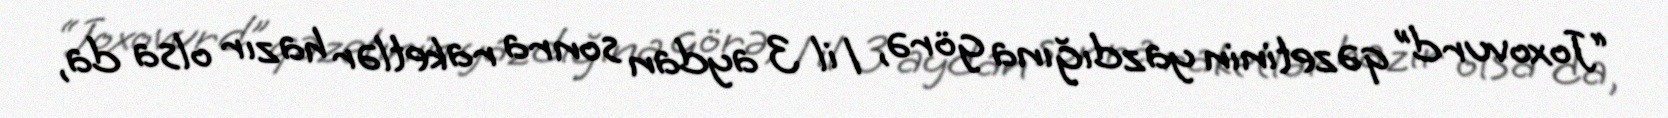
“Joxovurd” qəzetinin yazdığına görə, 1 il 3 aydan sonra raketlər hazır olsa da,